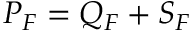
\= P _ { \/ F } = \= Q _ { \/ F } + \= S _ { \/ F }